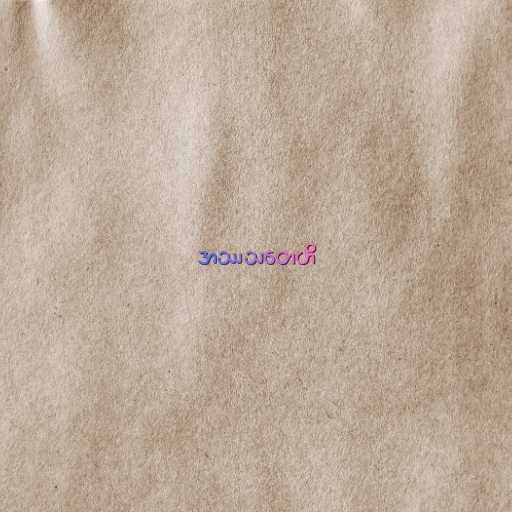
အဿသတေဟိ